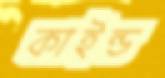
কাইন্ড